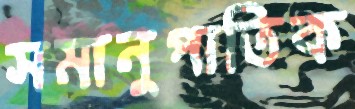
সমানুপাতিক